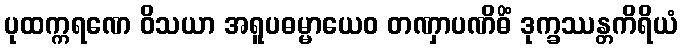
ပုထက္ကရဏေ ဝိသယာ အရူပဓမ္မာယေဝ တဏှာပဏိဓိံ ဒုက္ခဿန္တကိရိယံ